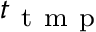
t _ { \mathrm { ~ t ~ m ~ p ~ } }